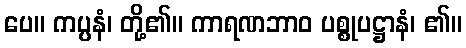
ပေ။ ကပ္ပနံ၊ တို့၏။ ကာရဏဘာဝ ပစ္စုပဋ္ဌာနံ၊ ၏။